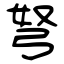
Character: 弩